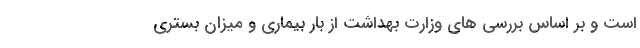
است و بر اساس بررسی های وزارت بهداشت از بار بیماری و میزان بستری